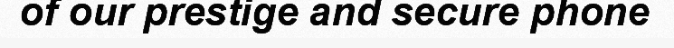
of our prestige and secure phone